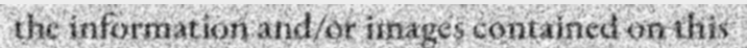
the information and/or images contained on this